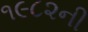
૧૯૮૨ની